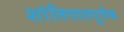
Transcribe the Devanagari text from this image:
शांतिपाठपूर्वक